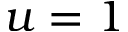
u = 1